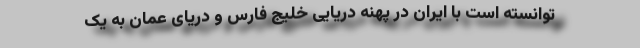
توانسته است با ایران در پهنه دریایی خلیج فارس و دریای عمان به یک